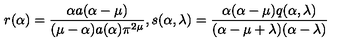
r ( \alpha ) = \frac { \alpha a ( \alpha - \mu ) } { ( \mu - \alpha ) a ( \alpha ) \pi ^ { 2 \mu } } { } , s ( \alpha , \lambda ) = \frac { \alpha ( \alpha - \mu ) q ( \alpha , \lambda ) } { ( \alpha - \mu + \lambda ) ( \alpha - \lambda ) }